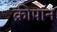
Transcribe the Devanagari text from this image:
क्रीपान